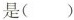
是（）